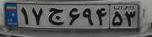
۱۷ج۶۹۴۵۳